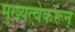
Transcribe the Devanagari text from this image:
मुख्यत्वेकरून्